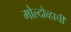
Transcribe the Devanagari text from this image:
मोल्दोव्हाची